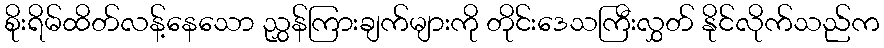
စိုးရိမ်ထိတ်လန့်နေသော ညွှန်ကြားချက်များကို တိုင်းဒေသကြီးလွှတ် နိုင်လိုက်သည်က